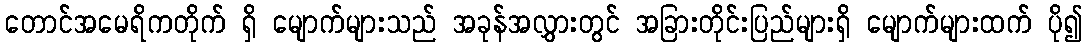
တောင်အမေရိကတိုက် ရှိ မျောက်များသည် အခုန်အလွှားတွင် အခြားတိုင်းပြည်များရှိ မျောက်များထက် ပို၍